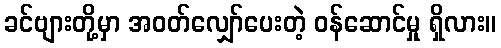
ခင်ဗျားတို့မှာ အဝတ်လျှော်ပေးတဲ့ ဝန်ဆောင်မှု ရှိလား။